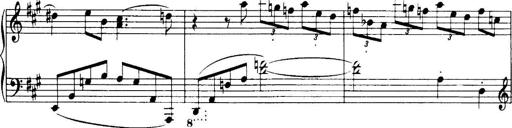
Title: 3 Sonatinas, Op.67
Composer: Jean Sibelius